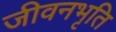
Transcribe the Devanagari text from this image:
जीवनभृति